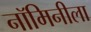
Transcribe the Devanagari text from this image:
नॉमिनीला